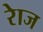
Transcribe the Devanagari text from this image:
रेाज